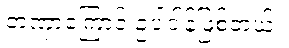
တဏှာကြောင့် ဥပါဒါန်ဖြစ်တယ်။